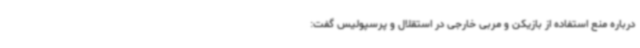
درباره منع استفاده از بازیکن و مربی خارجی در استقلال و پرسپولیس گفت: